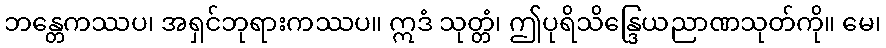
ဘန္တေကဿပ၊ အရှင်ဘုရားကဿပ။ ဣဒံ သုတ္တံ၊ ဤပုရိသိန္ဒြေယညာဏသုတ်ကို။ မေ၊